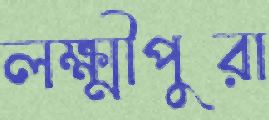
লক্ষ্মীপুরা